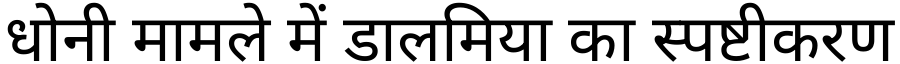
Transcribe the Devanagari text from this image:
धोनी मामले में डालमिया का स्पष्टीकरण